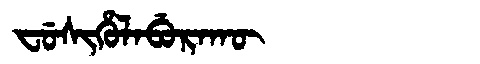
Manchu: ᠸᡠᠰᡳᡥᡠᠯᠠᠪᡠᡵᠠᡴᡡ
Romanization: FUSIHULABURAKŪ